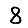
Digit: 8